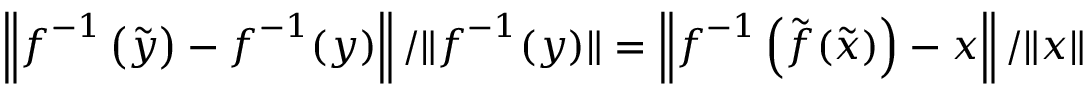
\left\Vert \boldsymbol { f } ^ { - 1 } \left( \tilde { \boldsymbol { y } } \right) - \boldsymbol { f } ^ { - 1 } ( \boldsymbol { y } ) \right\Vert / \Vert \boldsymbol { f } ^ { - 1 } ( \boldsymbol { y } ) \Vert = \left\Vert \boldsymbol { f } ^ { - 1 } \left( \tilde { \boldsymbol { f } } ( \tilde { \boldsymbol { x } } ) \right) - \boldsymbol { x } \right\Vert / \Vert \boldsymbol { x } \Vert